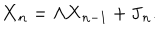
LaTeX: \mathbf { X } _ { n } = \Lambda \mathbf { X } _ { n - 1 } + \mathbf { J } _ { n } .